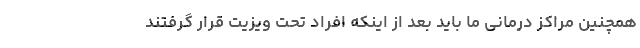
همچنین مراکز درمانی ما باید بعد از اینکه افراد تحت ویزیت قرار گرفتند